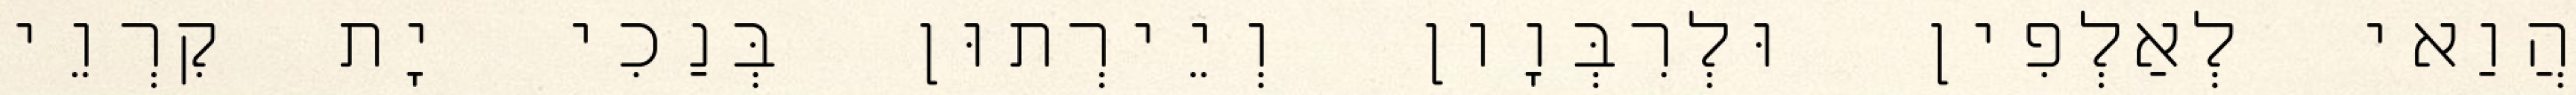
הֲוַאי לְאַלְפִין וּלְרִבְּוָון וְיֵירְתוּן בְּנַכִי יָת קִרְוֵי